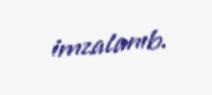
imzalanıb.